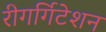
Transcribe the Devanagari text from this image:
रीगर्गिटेशन